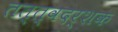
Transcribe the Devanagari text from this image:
तत्त्वदर्शक